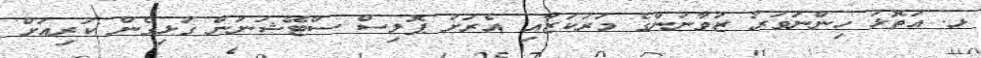
ޅ. އަތޮޅު ހިންނަވަރު ޒުވާނުންގެ މަރުކަޒާއި އެރަށު ޕޮލިސް ސްޓޭޝަނުން ގުޅިގެން ކުރިއަށް